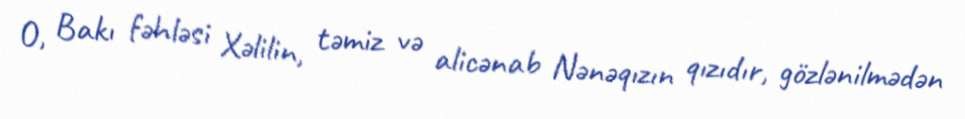
O, Bakı fəhləsi Xəlilin, təmiz və alicənab Nənəqızın qızıdır, gözlənilmədən